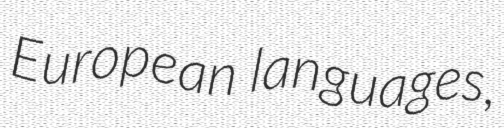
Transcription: European languages,